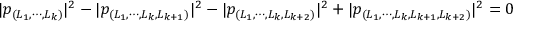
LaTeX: | p _ { ( L _ { 1 } , \cdots , L _ { k } ) } | ^ { 2 } - | p _ { ( L _ { 1 } , \cdots , L _ { k } , L _ { k + 1 } ) } | ^ { 2 } - | p _ { ( L _ { 1 } , \cdots , L _ { k } , L _ { k + 2 } ) } | ^ { 2 } + | p _ { ( L _ { 1 } , \cdots , L _ { k } , L _ { k + 1 } , L _ { k + 2 } ) } | ^ { 2 } = 0